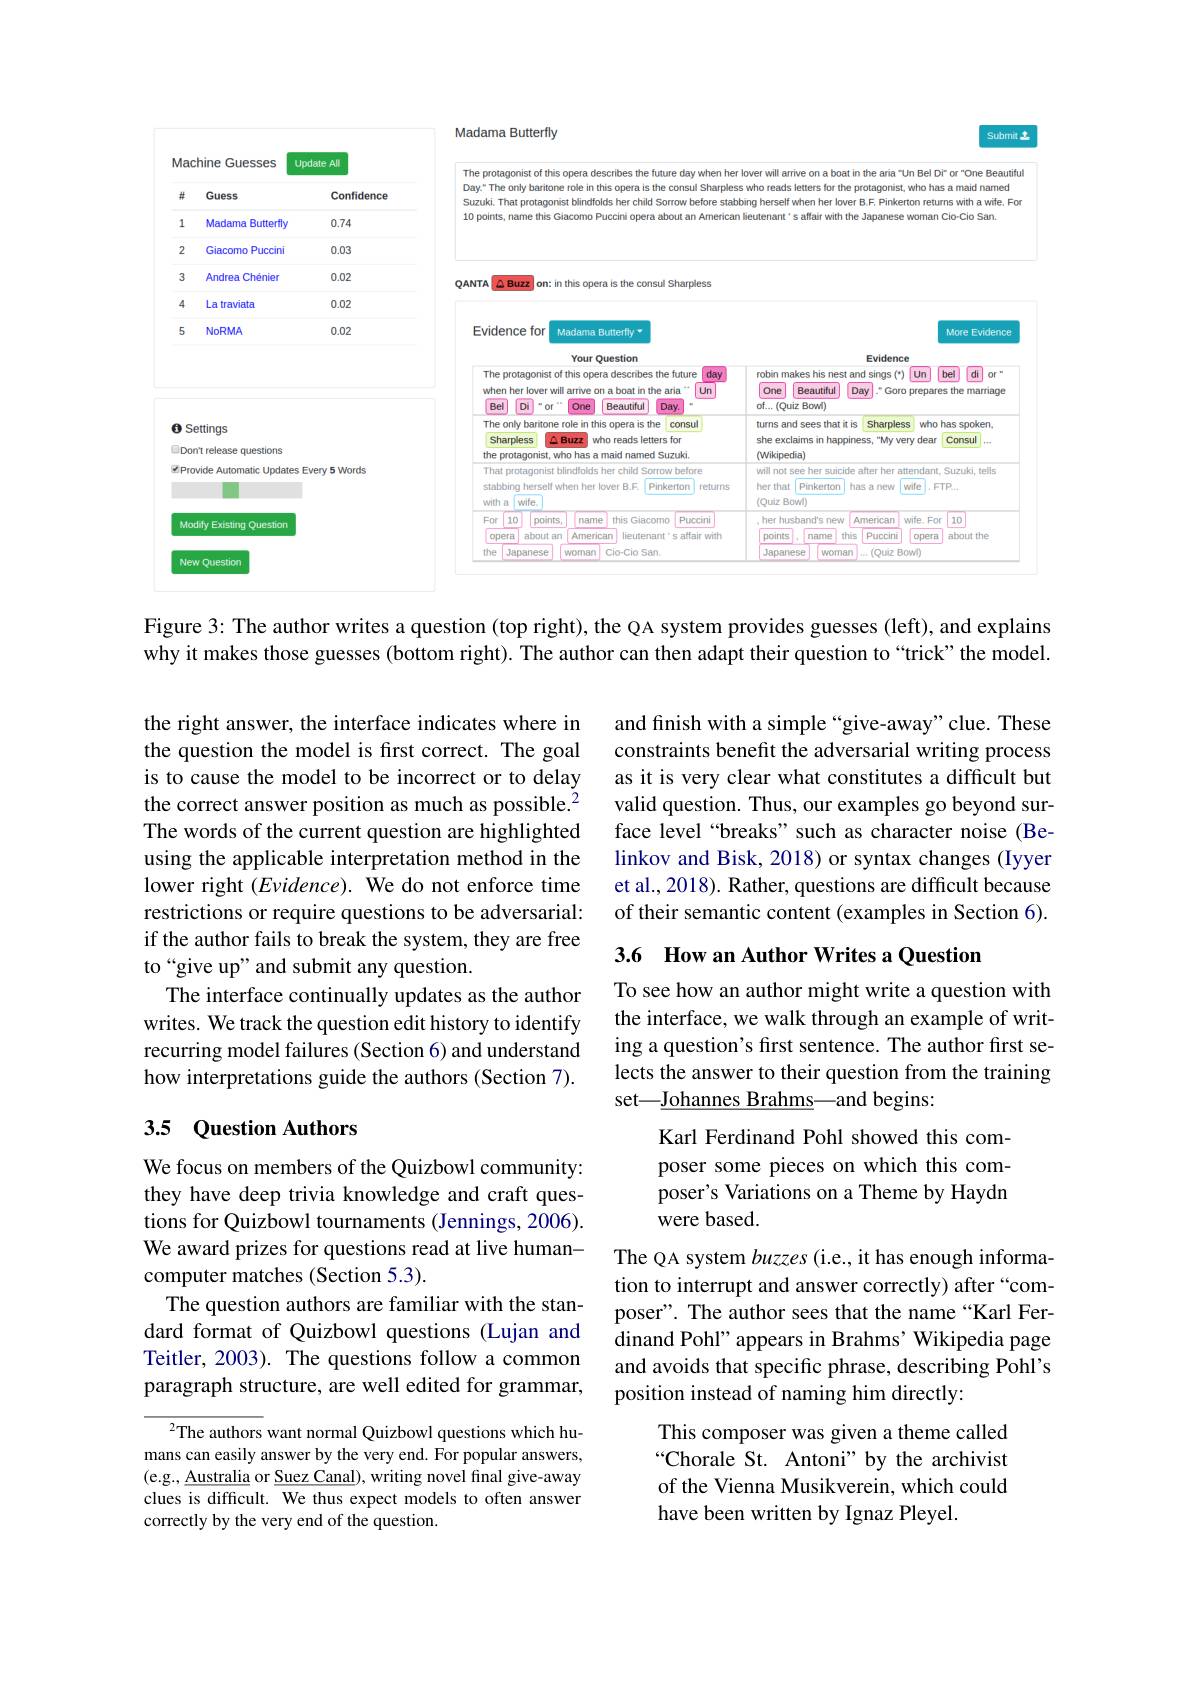
Madama Butterfly

Submit

<FigureHere>

Figure 3: The author writes a question (top right), the QA system provides guesses (left), and explains why it makes those guesses (bottom right). The author can then adapt their question to“trick”the model.

and finish with a simple “give-away”clue. These constraints benefit the adversarial writing process as it is very clear what constitutes a difficult but valid question. Thus, our examples go beyond surface level“breaks”such as character noise (Belinkov and Bisk, 2018) or syntax changes (Iyyer et al., 2018). Rather, questions are difficult because of their semantic content (examples in Section 6).

the right answer, the interface indicates where in the question the model is first correct. The goal is to cause the model to be incorrect or to delay the correct answer position as much as possible.$^{2}$ The words of the current question are highlighted using the applicable interpretation method in the lower right $(Evidence).$ We do not enforce time restrictions or require questions to be adversarial: if the author fails to break the system, they are free to“give up”and submit any question.
The interface continually updates as the author writes. We track the question edit history to identify recurring model failures (Section 6) and understand how interpretations guide the authors (Section 7).

3.6 How an Author Writes a Question

To see how an author might write a question with the interface, we walk through an example of writing a question's fırst sentence. The author fırst selects the answer to their question from the training set—Johannes Brahms—and begins:

## 3.5 Question Authors

Karl Ferdinand Pohl showed this composer some pieces on which this composer's Variations on a Theme by Haydn were based.

We focus on members of the Quizbowl community: they have deep trivia knowledge and craft questions for Quizbowl tournaments (Jennings, 2006). We award prizes for questions read at live humancomputer matches (Section 5.3).
The question authors are familiar with the standard format of Quizbowl questions (Lujan and Teitler, 2003). The questions follow a common paragraph structure, are well edited for grammar,

The QA system buzzes (i.e., it has enough information to interrupt and answer correctly) after “composer". The author sees that the name “Karl Ferdinand Pohl" appears in Brahms' Wikipedia page and avoids that specific phrase, describing Pohl's position instead of naming him directly:

This composer was given a theme called “Chorale St. Antoni" by the archivist of the Vienna Musikverein, which could have been written by Ignaz Pleyel.

$^{2}$The authors want normal Quizbowl questions which humans can easily answer by the very end. For popular answers, (e.g., Australia or Suez Canal), writing novel final give-away clues is difficult. We thus expect models to often answer correctly by the very end of the question.